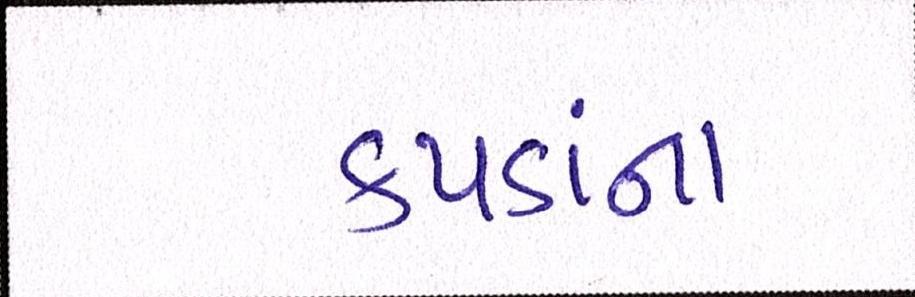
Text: કપડાંના